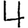
Digit: 4